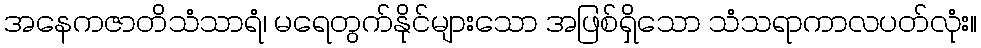
အနေကဇာတိသံသာရံ၊ မရေတွက်နိုင်များသော အဖြစ်ရှိသော သံသရာကာလပတ်လုံး။